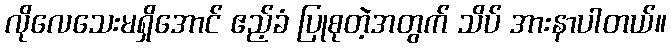
လိုလေသေးမရှိအောင် ဧည့်ခံ ပြုစုတဲ့အတွက် သိပ် အားနာပါတယ်။